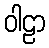
ဝါဠာ